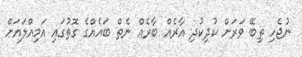
ނުޖެހި ތިބޭ ވަރަށް ކުދިކުދި އާރެއް ބާރެއް ނެތް ބައެއްގެ ގޮތުގައި އަމިއްލައަށް